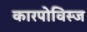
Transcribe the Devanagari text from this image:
कारपोविस्ज